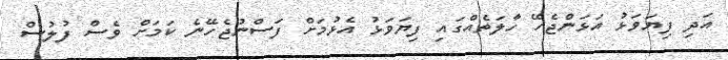
އަދި ފިޔަވަޅު އަޅަންޖެހޭ ހާލަތެއްގައި ފިޔަވަޅު އެޅުމަށް ފަސްނުޖެހޭނެ ކަމަށް ވެސް ފުލުސް